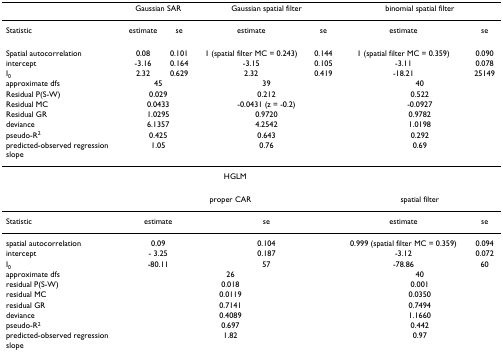
<table><thead><tr><td></td><td colspan="2"><b>Gaussian SAR</b></td><td colspan="2"><b>Gaussian spatial filter</b></td><td colspan="2"><b>binomial spatial filter</b></td></tr></thead><tbody><tr><td>Statistic</td><td>estimate</td><td>se</td><td>estimate</td><td>se</td><td>estimate</td><td>se</td></tr><tr><td>Spatial autocorrelation</td><td>0.08</td><td>0.101</td><td>1 (spatial filter MC = 0.243)</td><td>0.144</td><td>1 (spatial filter MC = 0.359)</td><td>0.090</td></tr><tr><td>intercept</td><td>-3.16</td><td>0.164</td><td>-3.15</td><td>0.105</td><td>-3.11</td><td>0.078</td></tr><tr><td>I<sub>0</sub></td><td>2.32</td><td>0.629</td><td>2.32</td><td>0.419</td><td>-18.21</td><td>25149</td></tr><tr><td>approximate dfs</td><td colspan="2">45</td><td colspan="2">39</td><td colspan="2">40</td></tr><tr><td>Residual P(S-W)</td><td colspan="2">0.029</td><td colspan="2">0.212</td><td colspan="2">0.522</td></tr><tr><td>Residual MC</td><td colspan="2">0.0433</td><td colspan="2">-0.0431 (z = -0.2)</td><td colspan="2">-0.0927</td></tr><tr><td>Residual GR</td><td colspan="2">1.0295</td><td colspan="2">0.9720</td><td colspan="2">0.9782</td></tr><tr><td>deviance</td><td colspan="2">6.1357</td><td colspan="2">4.2542</td><td colspan="2">1.0198</td></tr><tr><td>pseudo-R<sup>2</sup></td><td colspan="2">0.425</td><td colspan="2">0.643</td><td colspan="2">0.292</td></tr><tr><td>predicted-observed regression slope</td><td colspan="2">1.05</td><td colspan="2">0.76</td><td colspan="2">0.69</td></tr><tr><td colspan="6">HGLM</td><td></td></tr><tr><td></td><td colspan="4">proper CAR</td><td colspan="2">spatial filter</td></tr><tr><td>Statistic</td><td colspan="2">estimate</td><td colspan="2">se</td><td>estimate</td><td>se</td></tr><tr><td>spatial autocorrelation</td><td colspan="2">0.09</td><td colspan="2">0.104</td><td>0.999 (spatial filter MC = 0.359)</td><td>0.094</td></tr><tr><td>intercept</td><td colspan="2">- 3.25</td><td colspan="2">0.187</td><td>-3.12</td><td>0.072</td></tr><tr><td>I<sub>0</sub></td><td colspan="2">-80.11</td><td colspan="2">57</td><td>-78.86</td><td>60</td></tr><tr><td>approximate dfs</td><td colspan="4">26</td><td colspan="2">40</td></tr><tr><td>residual P(S-W)</td><td colspan="4">0.018</td><td colspan="2">0.001</td></tr><tr><td>residual MC</td><td colspan="4">0.0119</td><td colspan="2">0.0350</td></tr><tr><td>residual GR</td><td colspan="4">0.7141</td><td colspan="2">0.7494</td></tr><tr><td>deviance</td><td colspan="4">0.4089</td><td colspan="2">1.1660</td></tr><tr><td>pseudo-R<sup>2</sup></td><td colspan="4">0.697</td><td colspan="2">0.442</td></tr><tr><td>predicted-observed regression slope</td><td colspan="4">1.82</td><td colspan="2">0.97</td></tr></tbody></table>